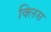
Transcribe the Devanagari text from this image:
क्लिस